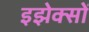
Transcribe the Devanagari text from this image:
इझेक्सों